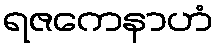
ရဇကေနာဟံ